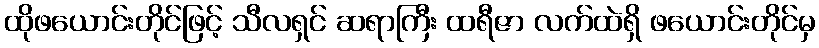
ထိုဖယောင်းတိုင်ဖြင့် သီလရှင် ဆရာကြီး ထရီဇာ လက်ထဲရှိ ဖယောင်းတိုင်မှ